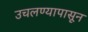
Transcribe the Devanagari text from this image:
उचलण्यापासून